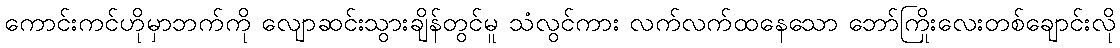
ကောင်းကင်ဟိုမှာဘက်ကို လျောဆင်းသွားချိန်တွင်မူ သံလွင်ကား လက်လက်ထနေသော ဘော်ကြိုးလေးတစ်ချောင်းလို